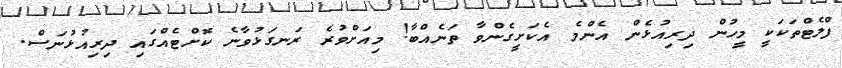
ފްލެޓްތަކަކީ މީހުން ދިރިއުޅެން އެންމެ އެކަށީގެންވާ ތަނެއްބާ! މިއަށްވުރެ ރަނގަޅުވާނެ ކޮށްޓެއްގައި ދިރިއުޅުނަސް.